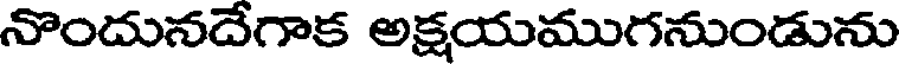
నొందునదేగాక అక్షయముగనుండును